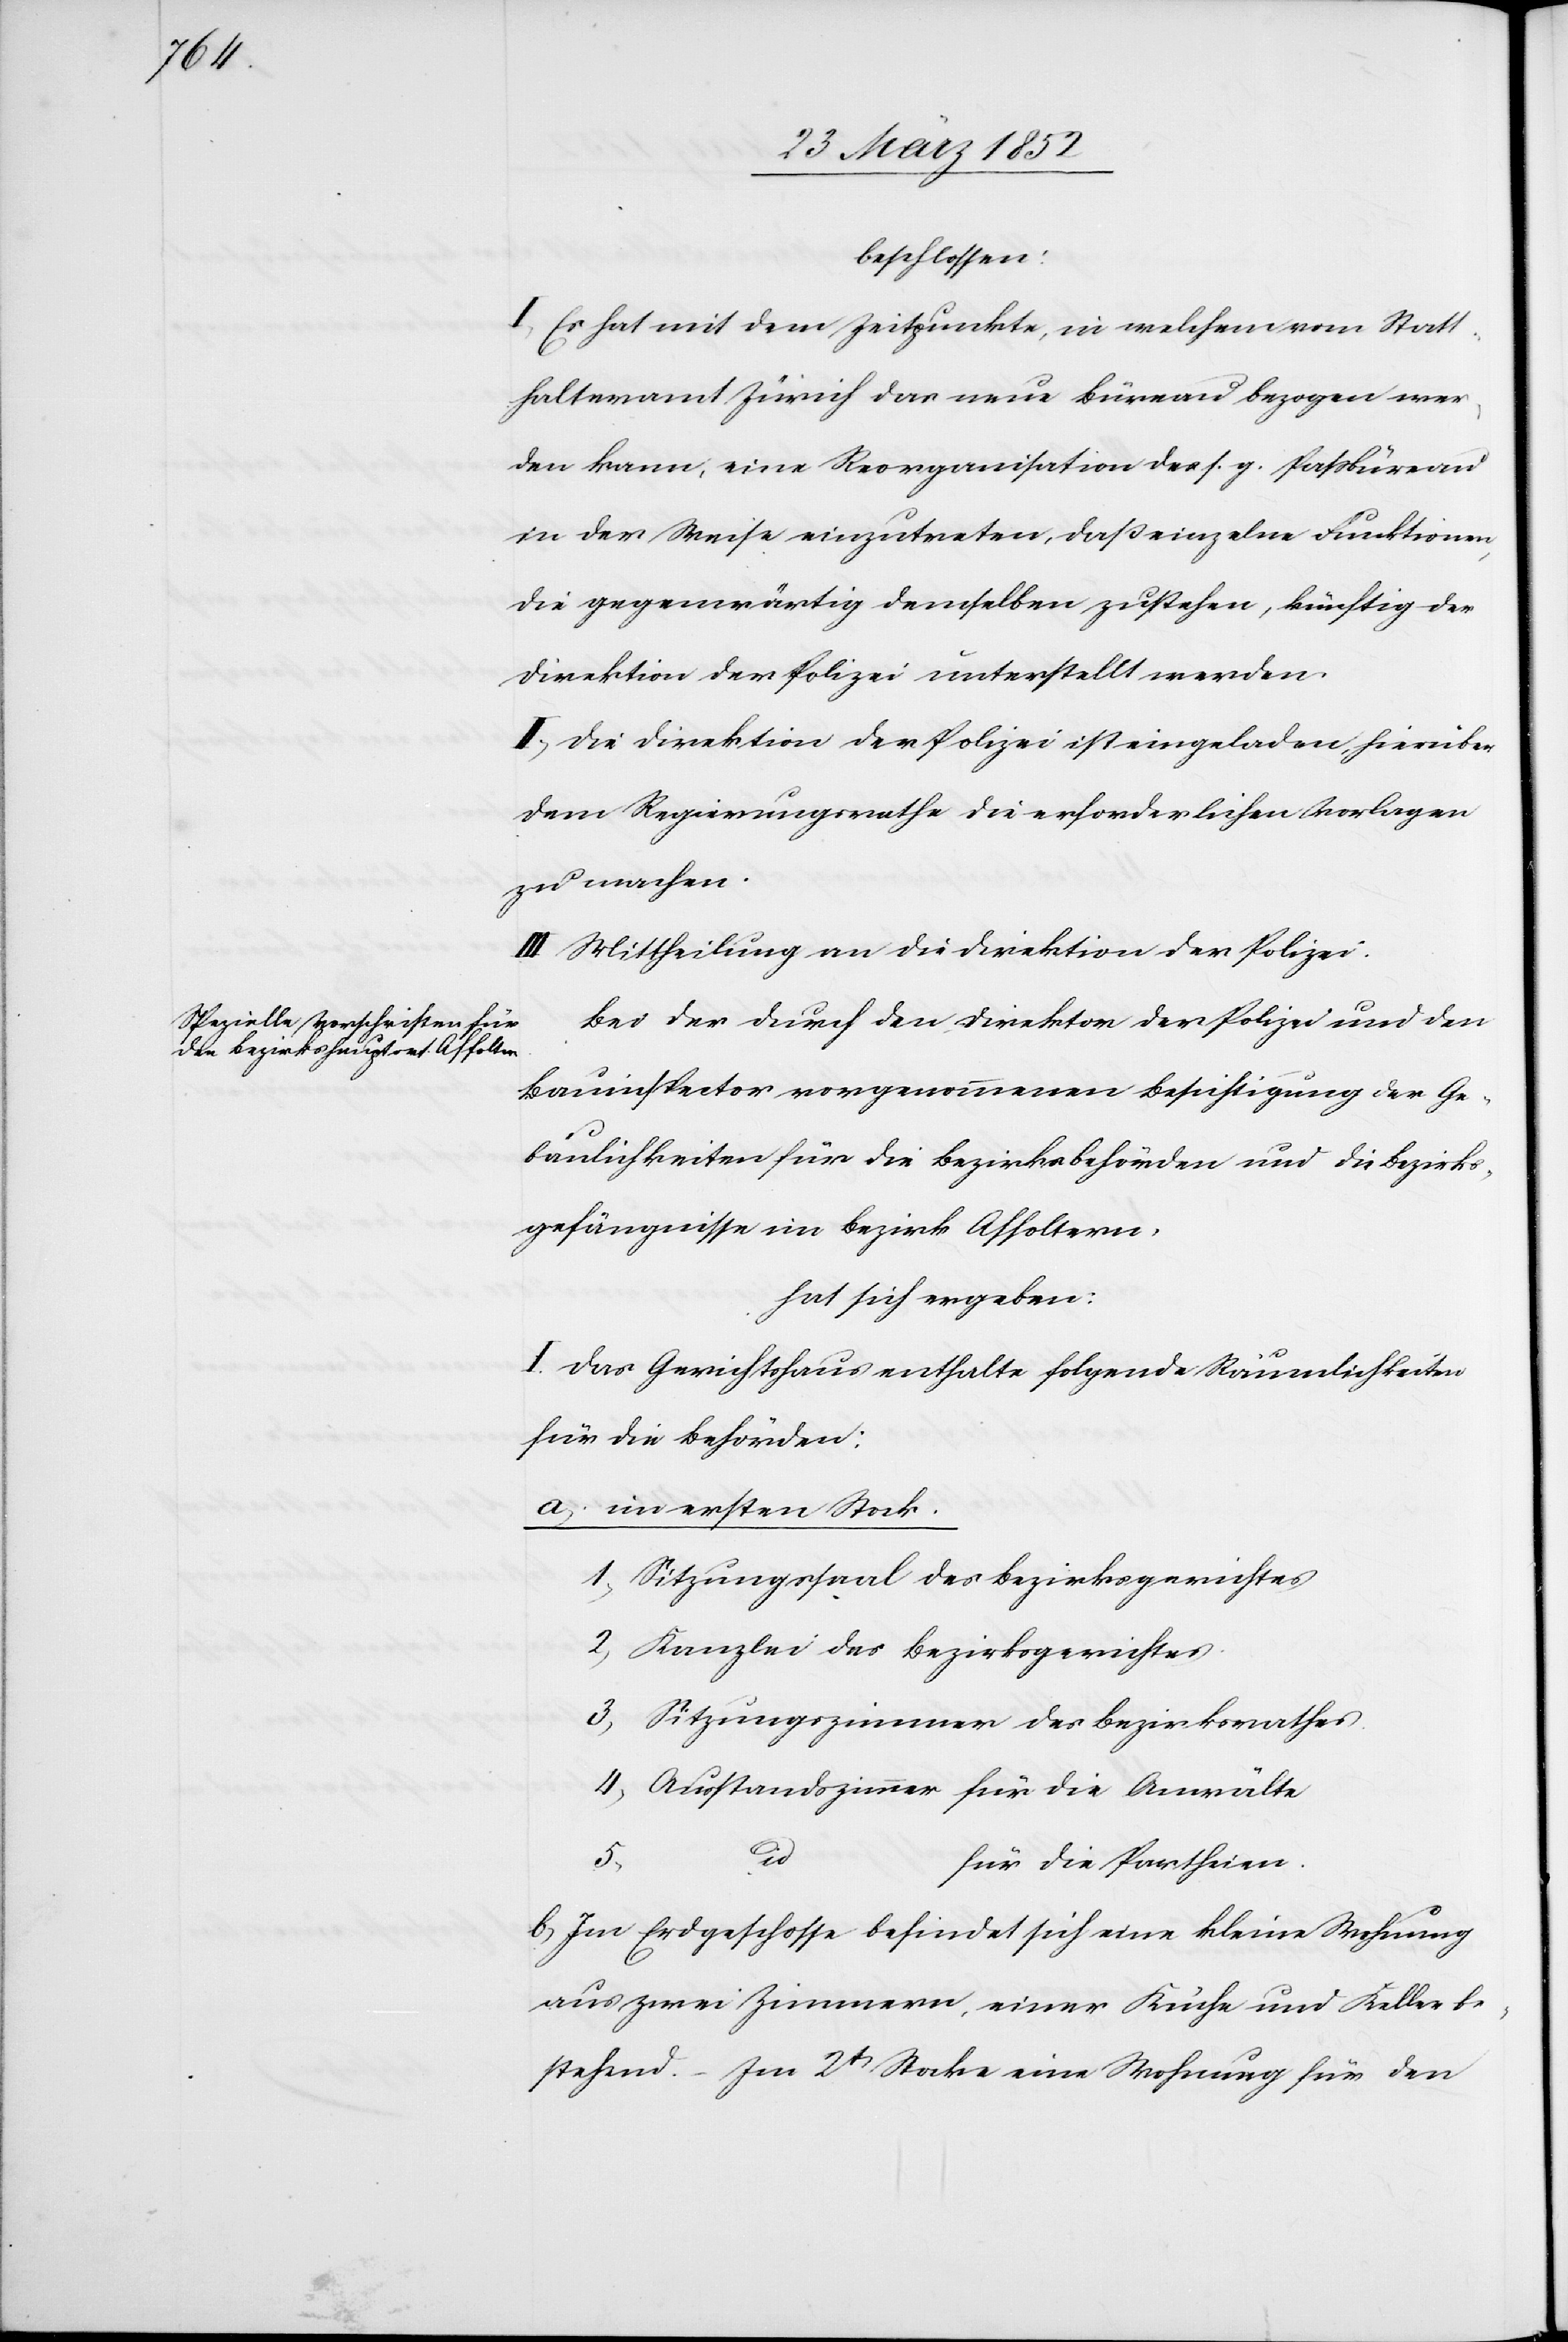
beschlossen:
I. Es hat mit dem Zeitpunkte, in welchem vom Statt¬
halteramt Zürich das neue Büreau bezogen wer¬
den kann, eine Reorganisation des s. g. Paßbüreaus
in der Weise einzutreten, daß einzelne Funktionen,
die gegenwärtig demselben zustehen, künftig der
Direktion der Polizei unterstellt werden.
II. Die Direktion der Polizei ist eingeladen, hierüber
dem Regierungsrathe die erforderlichen Vorlagen
zu machen.
III. Mittheilung an die Direktion der Polizei.
Bei der durch den Direktor der Polizei und den
Bauinspector vorgenommenen Beseitigung der Ge¬
bäulichkeiten für die Bezirksbehörden und die Bezirks¬
gefängnisse im Bezirk Affoltern,
hat sich ergeben:
I. Das Gerichtshaus enthalte folgende Räumlichkeiten
für die Behörden:
a) im ersten Stock.
1) Sitzungssaal des Bezirksgerichtes.
2) Kanzlei des Bezirksgerichtes.
3) Sitzungszimmer des Bezirksgerichtes.
4) Ausstandszimmer für die Anwälte.
id
für die Partheien.
b) Im Erdgeschosse befindet sich eine kleine Wohnung
aus zwei Zimmern, einer Küche und Keller be¬
stehend. – Im 2t Stocke eine Wohnung für den